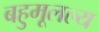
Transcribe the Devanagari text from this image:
बहुमूलल्य